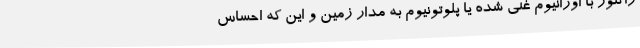
راکتور با اورانیوم غنی شده یا پلوتونیوم به مدار زمین و این که احساس